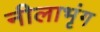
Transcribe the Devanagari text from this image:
नीलाभृंग